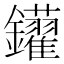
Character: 𨰑